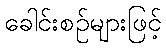
ခေါင်းစဉ်များဖြင့်